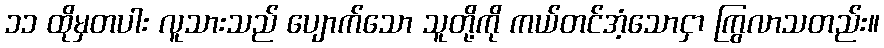
၁၁ ထိုမှတပါး လူသားသည် ပျောက်သော သူတို့ကို ကယ်တင်အံ့သောငှာ ကြွလာသတည်း။